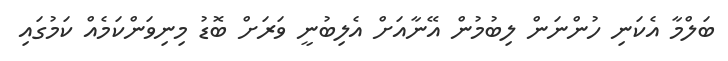
ބަލްމާ އެކަނި ހުންނަން ލިބުމުން އޭނާއަށް އެލިބުނީ ވަރަށް ބޮޑު މިނިވަންކަމެއް ކަމުގައި